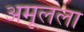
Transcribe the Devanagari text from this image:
अमूलला